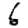
Digit: 6